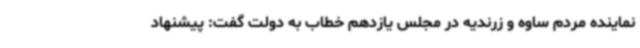
نماینده مردم ساوه و زرندیه در مجلس یازدهم خطاب به دولت گفت: پیشنهاد